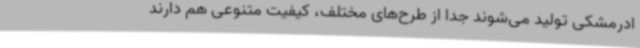
ادر‌مشکی تولید می‌شوند جدا از طرح‌های مختلف، کیفیت متنوعی هم دارند